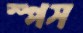
স্পস